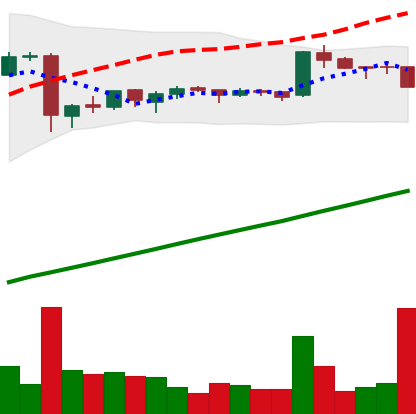
Ticker: BTC-USD
Chart end date: 2016-01-12
Forward return: -12.254%
Label: down_7plus